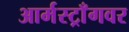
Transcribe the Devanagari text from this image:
आर्मस्ट्राँगवर